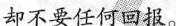
却不要任何回报。